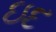
ઇદ